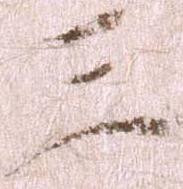
三